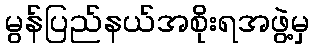
မွန်ပြည်နယ်အစိုးရအဖွဲ့မှ